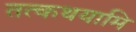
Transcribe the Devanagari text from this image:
तत्कथयामि